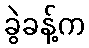
ခွဲခန့်က